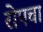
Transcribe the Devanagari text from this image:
रोपचा